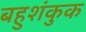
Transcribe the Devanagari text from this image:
बहुशंकुक